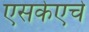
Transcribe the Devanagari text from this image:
एसकेएचे